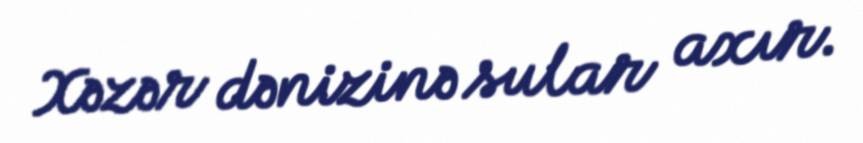
Xəzər dənizinə sular axır.